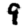
Digit: 9